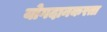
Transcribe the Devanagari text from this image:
योगदानकरता